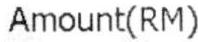
AMOUNT(RM)